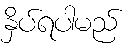
နှိပ်ရပါမည်